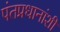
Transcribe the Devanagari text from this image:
पंतप्रधानांशी